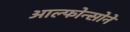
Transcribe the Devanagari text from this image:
आल्फोन्सोने